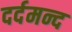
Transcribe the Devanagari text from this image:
दर्दमन्द